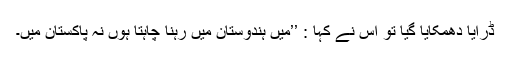
ڈرایا دھمکایا گیا تو اس نے کہا : ’’میں ہندوستان میں رہنا چاہتا ہوں نہ پاکستان میں۔